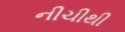
નીચીથી